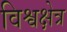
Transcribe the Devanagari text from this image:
विश्वक्षेत्र